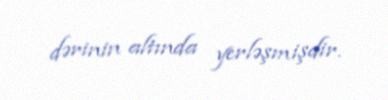
dərinin altında yerləşmişdir.